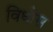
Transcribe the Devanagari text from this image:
विधीस